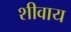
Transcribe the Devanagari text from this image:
शीवाय